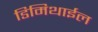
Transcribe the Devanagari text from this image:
डिमिथाईल